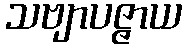
သဗျာပဇ္ဇာယ